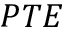
P T E